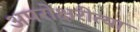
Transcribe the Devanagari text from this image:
अपरोक्षरीत्या